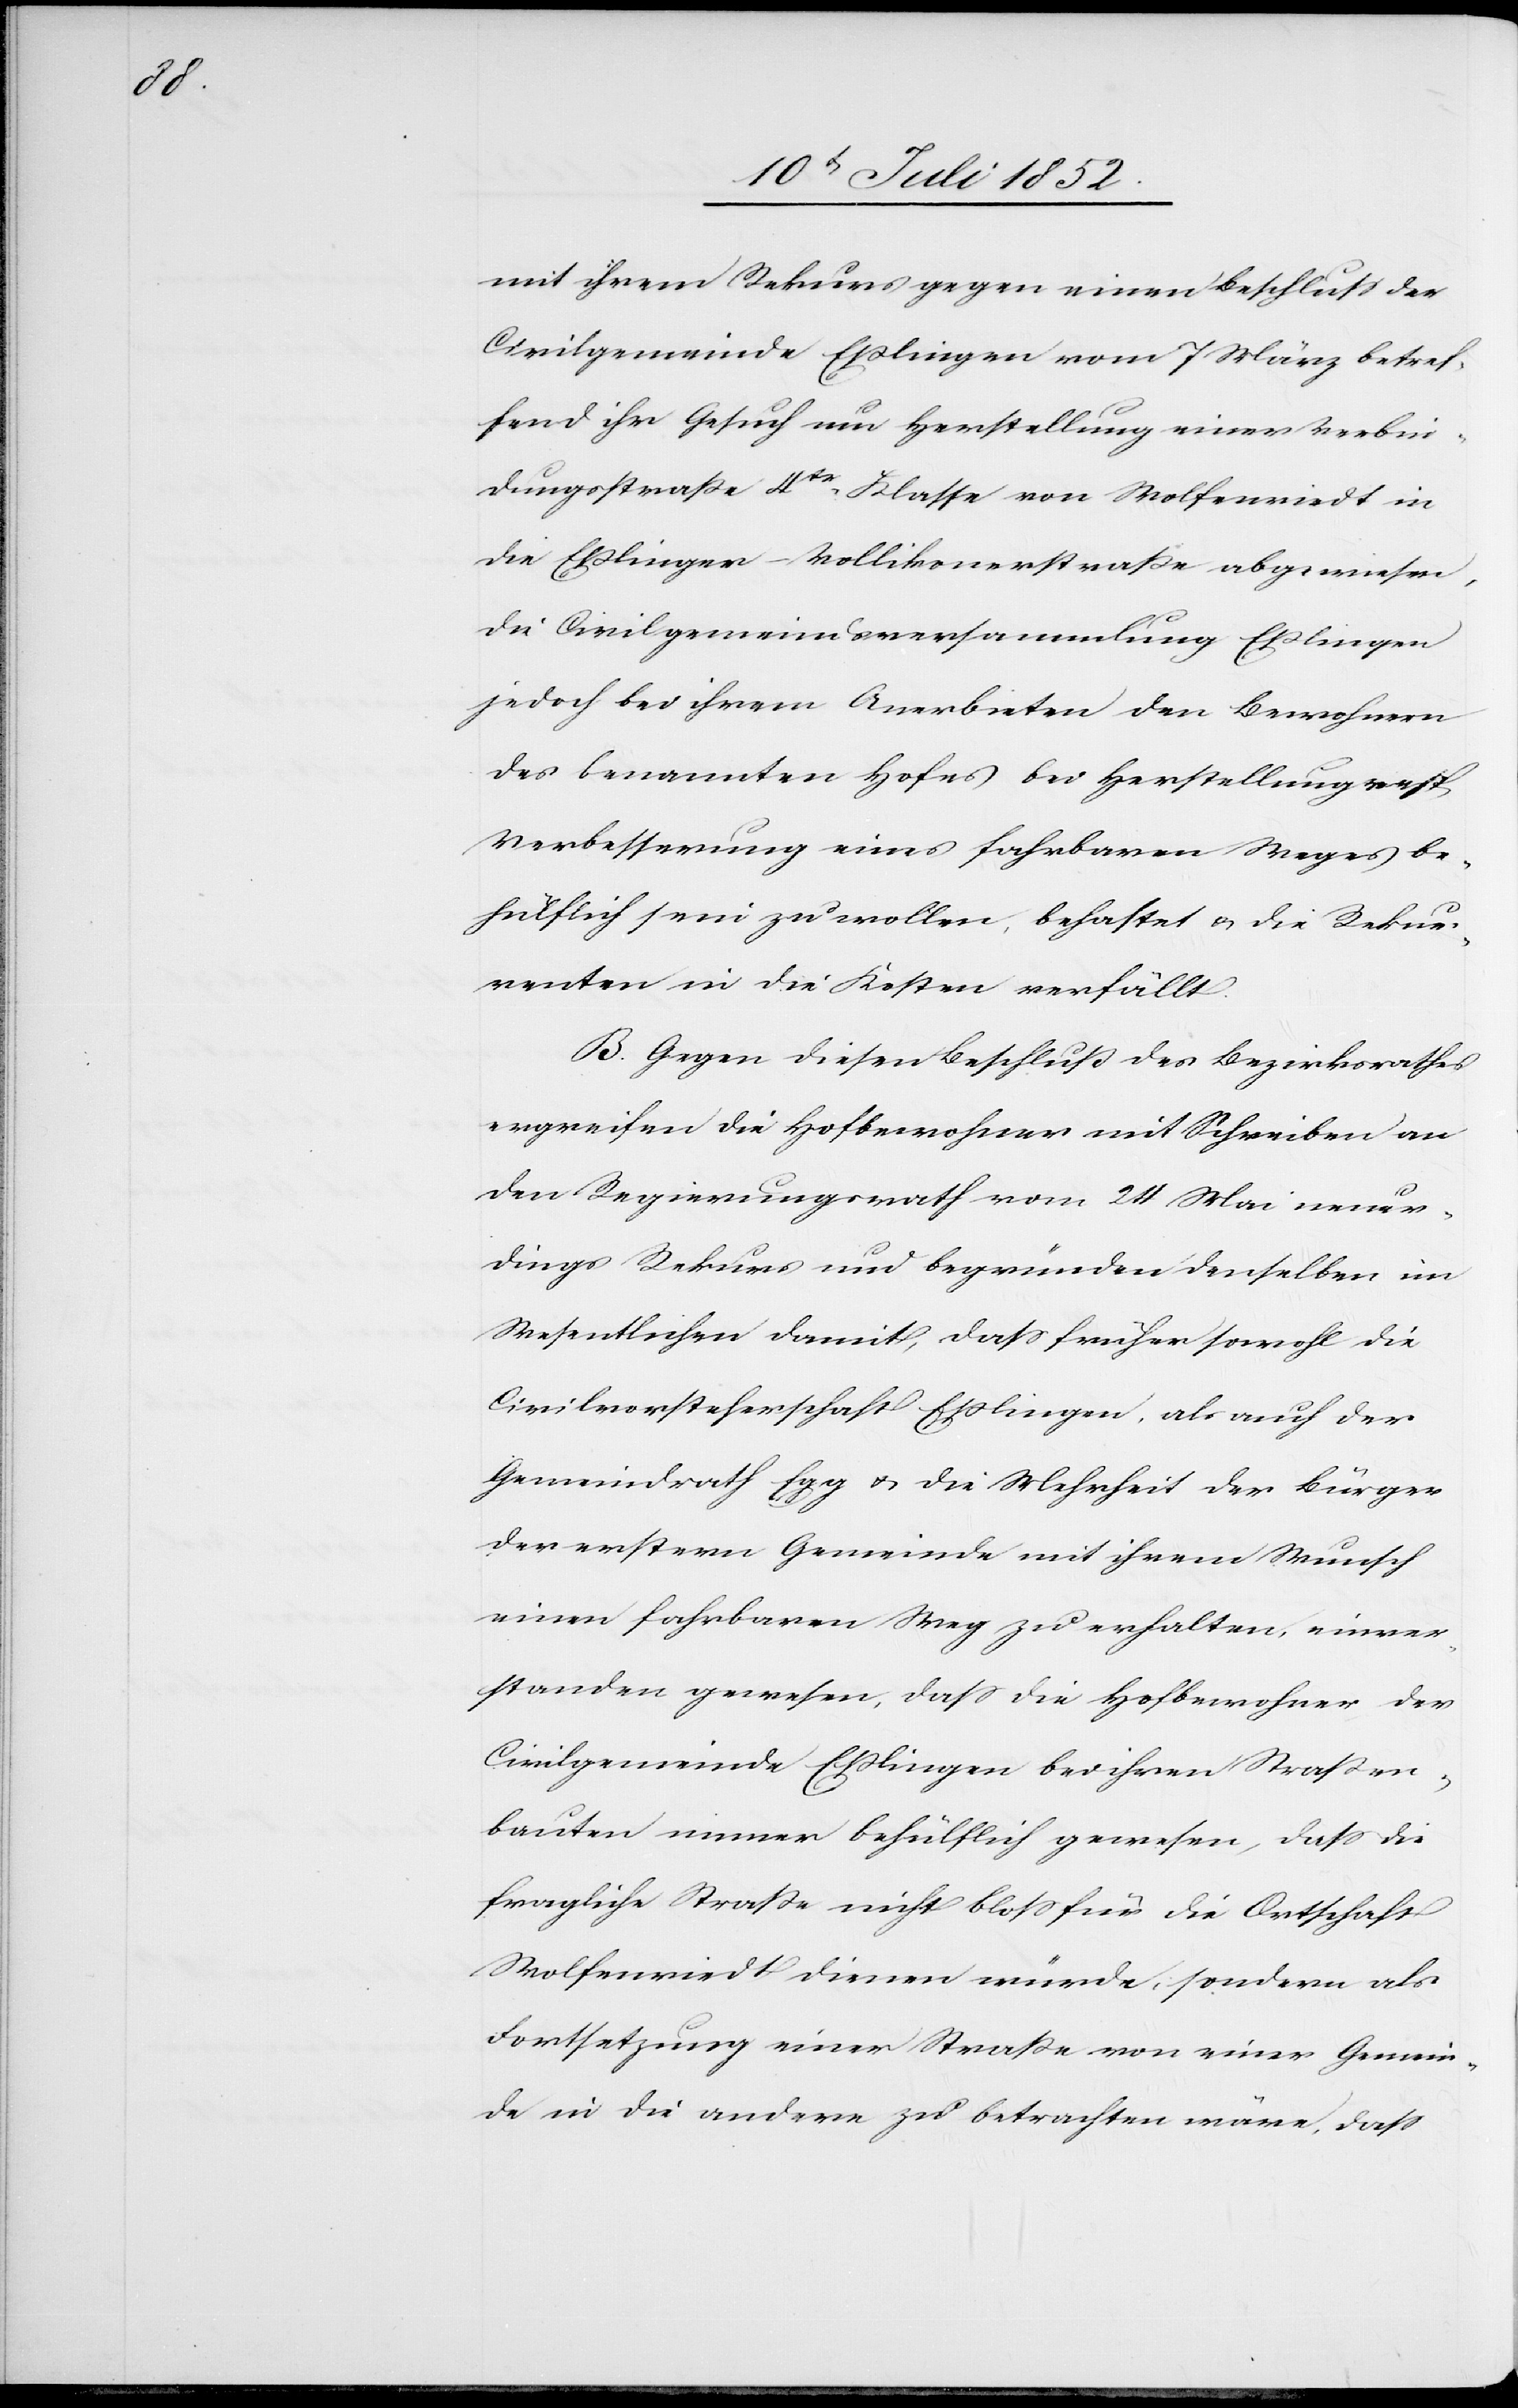
mit ihrem Rekurs gegen einen Beschluss der
Civilgemeinde Eßlingen vom 7 März betref¬
fend ihr Gesuch um Herstellung einer Verbin¬
dungsstraße 4tr. Klasse von Wolfenriedt in
die Eßlinger-Vollikonerstraße abgewiesen,
die Civilgemeindsversammlung Eßlingen
jedoch bei ihrem Anerbieten den Bewohnern
des benannten Hofes bei Herstellung resp
Verbesserung eines fahrbaren Weges be¬
hülflich sein zu wollen, behaftet & die Rekur¬
renten in die Kosten verfällt.
B. Gegen diesen Beschluß des Bezirksrathes
ergreifen die Hofbewohner mit Schreiben an
den Regierungsrath vom 24 Mai neuer¬
dings Rekurs und begründen denselben im
Wesentlichen damit, dass früher sowohl die
Civilvorsteherschaft Eßlingen, als auch der
Gemeindrath Egg & die Mehrheit der Bürger
der erstern Gemeinde mit ihrem Wunsch
einen fahrbaren Weg zu erhalten, einver¬
standen gewesen, dass die Hofbewohner der
Civilgemeinde Eßlingen bei ihren Straßen¬
bauten immer behülflich gewesen, dass die
fragliche Straße nicht bloss für die Ortschaft
Wolfenriedt dienen würde, sondern als
Fortsetzung einer Straße von einer Gemein¬
de in die andere zu betrachten wäre, dass